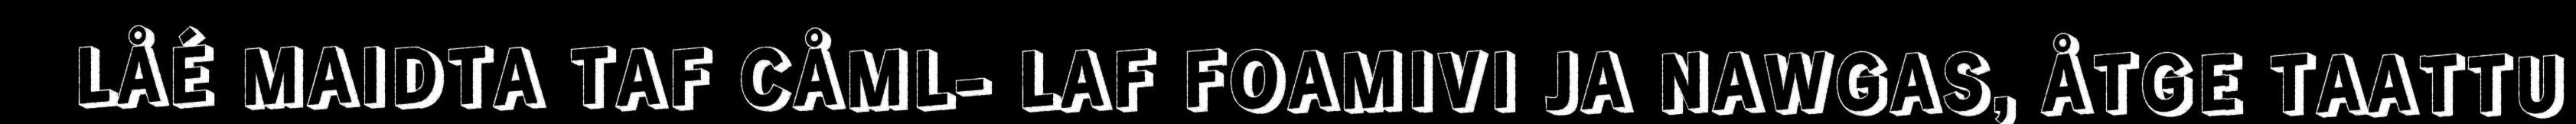
LÅÉ MAIDTA TAF CÅML- LAF FOAMIVI JA NAWGAS, ÅTGE TAATTU